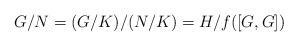
LaTeX: \begin{align*}G/N = (G/K)/(N/K) = H/f([G, G])\end{align*}